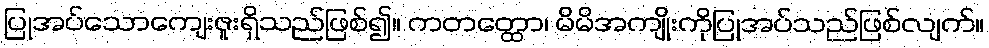
ပြုအပ်သောကျေးဇူးရှိသည်ဖြစ်၍။ ကတတ္ထော၊ မိမိအကျိုးကိုပြုအပ်သည်ဖြစ်လျက်။